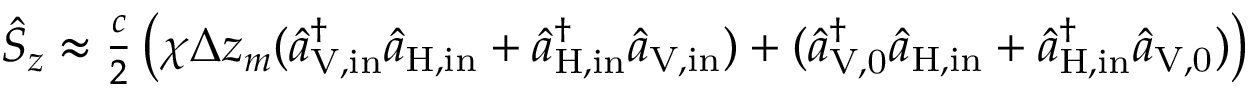
\begin{array} { r } { \hat { S } _ { z } \approx \frac { c } { 2 } \left( \chi \Delta z _ { m } ( \hat { a } _ { \mathrm { V , i n } } ^ { \dagger } \hat { a } _ { \mathrm { H , i n } } + \hat { a } _ { \mathrm { H , i n } } ^ { \dagger } \hat { a } _ { \mathrm { V , i n } } ) + ( \hat { a } _ { \mathrm { V , 0 } } ^ { \dagger } \hat { a } _ { \mathrm { H , i n } } + \hat { a } _ { \mathrm { H , i n } } ^ { \dagger } \hat { a } _ { \mathrm { V , 0 } } ) \right) } \end{array}